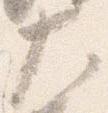
大